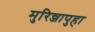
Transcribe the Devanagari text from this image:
मुरिन्जापुहा